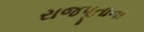
રાજપૂતાના